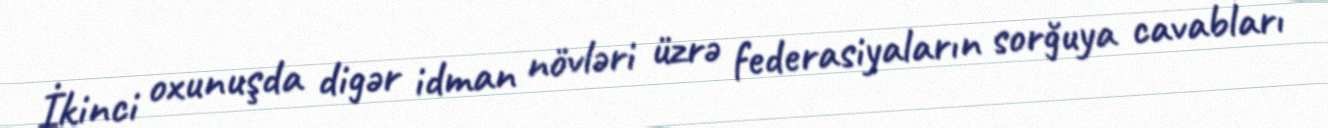
İkinci oxunuşda digər idman növləri üzrə federasiyaların sorğuya cavabları